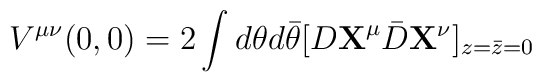
V^{\mu\nu}(0,0) = 2 \int d\theta d\bar{\theta}[D{\bf X}^\mu {\bar D}{\bf X}^\nu ]_{z=\bar{z}=0}